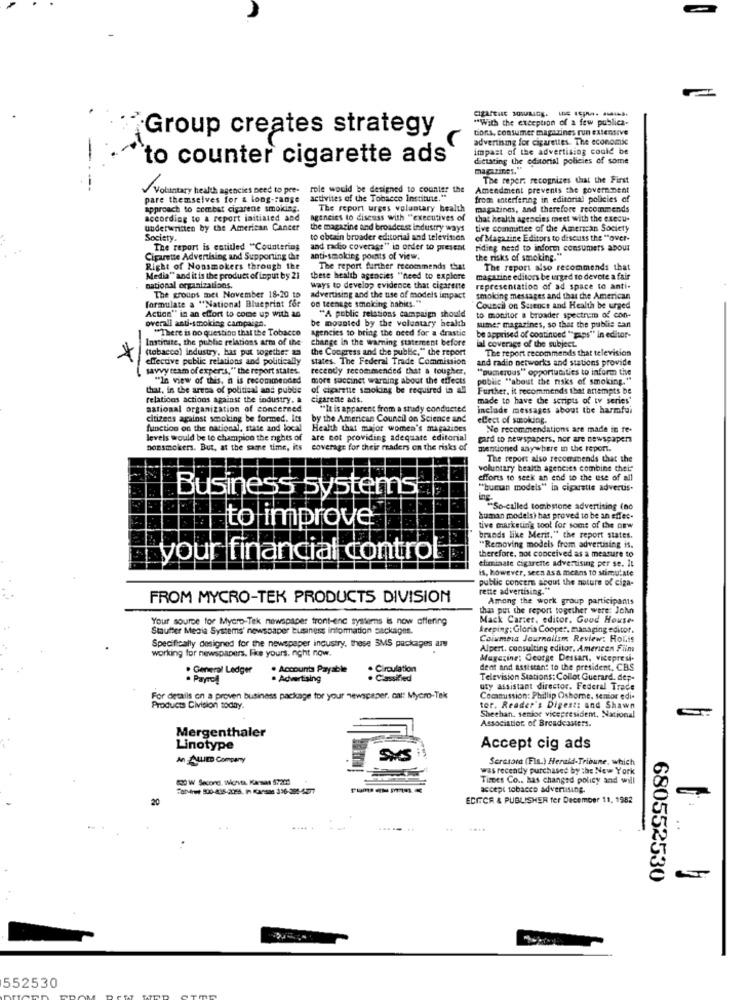
"With the exception of a few publica-
tions, consumer magazines run extensive
Group creates strategy
advertising for cigarettes. The economic
impast of the advertising could be
`to counter cigarette ads
dictating the editorial policies of some
magazines."
The reper: recognizes that the First
Voluntary health agencies need to per-
role would be designed to counter the
Amendment prevents the government
pare themselves for & long-range
activites of the Tobacco institute,"
from interfering in editorial policies of
approach to sembat cigarene smoking.
The report urges voluntary health
magazines, and therefore recommends
according to a report initiated and
agencies to discuss with "executives of
that health agencies meet with the execu-
underwritten by the American Cancer
the magazine and broadcast industry ways
tive committee of the American Society
Society.
to obtain broader editorial and television
of Magazine Editors to discuss the "over-
The report is entitled "Countering
and racho coverage" in order to present
riding need to inform consumers abour
Cigarette Advertising and Supporting the
anti-smoking points of view.
the risks of smoking."
Right of Nonsmokers through the
The report further recommends that
The report also recommends that
Media" and it is the product of input by 21
these health agencies "need to explore
magazine editors be urged to devote a fair
national organizations.
ways to develop evidence that cigarette
representation of ad space to anti-
formulate a "National Blueprint for
The groups met November 18-20 to
advertising and the use of models impact
smoking messages and that the American
of teenage smoking habits."
Council on Science and Health be urged
Action" in an effort to come up with an
be mounted by the voluntary health
"A public relations campaign should
to monitor a broader spectrum of con-
overall anti-smoking campaign.
"There is no questico that the Tobacco
Agencies to bring the need for a drastic
sumer magazines, so that the publie ean
Institute, the public relations arm of the
change in the warning statement before
be apprised of continued "gaps" in editor-
ial coverage of the subject.
(tobacco) industry, has put together
the Congress and the public," the report
The report recommends that television
effective public relations and politically
states. The Federal Trade Commission
and radio networks and stations provide
*
savvy team of experts," the report states.
recently recommended that a tougher.
"numerous" opportunities to inform the
"In view of this, n is recommended
more succinct warning about the effects
public "about the risks of smoking."
hat, in the arena of political and public
of cigarette smoking be required in all
Further, it recommends that attempts be
relations actions against the industry.
cigarette ads.
made to have the scripts of tv series'
national organization of concerned
""It is apparent from a study conducted
include messages about the harmfui
citizens against smoking be formed. Its
by the American Council on Science and
elect of smoking.
function on the national, state and local
Health that major women's magazines
No recommendations are made in re-
levels would be to champion the rights of
are not providing adequate editorial
card to newspapers, nor are newspapers
nonsmokers. But, at the same time, its
coverage for their readers on the risks of
mentioned anywhere in the report.
The report also recommends that the
voluntary health agencies combine their
efforts to seck an end to the use of all
Business systemst
"buman models" in cigarette advertis-
So-called tombstone advertising (no
human models) has proved to be an effet-
to improve
tive marketing tool for some of the new
brands like Merit." the report states.
"Removing models from advertising is.
your financial control
therefore, not conceived as a measure to
eliminate cigarette advertising per se. it
is, however, seen asa means to stimulate
public concern about the nature of ciga-
rette advertising."
FROM MYCRO-TEK PRODUCTS DIVISION
Among the work group participants
thans put the report together were: John
Your source for Mycro-Tik newspaper tront-enc systems is now offering
Mack Carter, editor. Goud House-
Stauffer Media Systems' newspaper business information packages.
keeping: Gloria Cooper, managing editor.
Columbia Journalism Review: HoLis
Specifically designed for the newspaper industry, these SMS packages az
working for newspapers. Fke yours. nicht now.
Alpert, consulting editor, Americen Fiim
Magazine: George Dessarı, vicepresi-
. General Ledger
. Accounts Payable
. Circulation
dent and assistant to the president, CBS
. PayreA
. Advertising
· Classified
Television Stations: Collot Guerard. dep-
uty assistant director. Federal Trade
For details on a proven business package for your newspaper, cal: Mycro-Tek
Commission: Phillip Osborne, senior edi-
Products Civision today.
tor. Reader's Digest: and Shawn
Sheehan. senior vicepresident, National
Association. of Broadcasters.
Mergenthaler
Linotype
Accept cig ads
An ALLIED Company
Serasara (Fis.) Herald-Tribune, which
was recently purchased by the New York
820 W Second, wichita, Kansas 57-20
Times Co .. has changed policy and will
accept tobacco advertising.
20
EDITOR & PUBLISHER fer December 11, 1982
.... .
....
680552530
552530